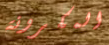
المكرونة